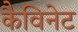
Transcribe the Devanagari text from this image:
कैविनेट